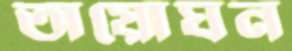
অয়োঘন